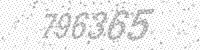
Solution: 796365